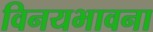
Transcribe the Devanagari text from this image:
विनयभावना